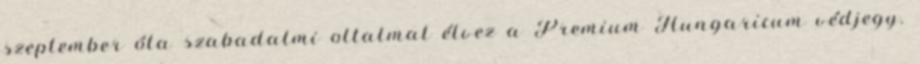
szeptember óta szabadalmi oltalmat élvez a Premium Hungaricum védjegy.